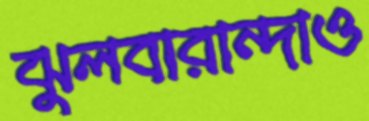
ঝুলবারান্দাও